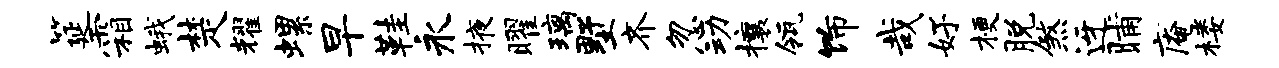
筵霜蛾楚耀螺早鞋永掖曜璃墅齐忽动攘瓴饰哉好梗脱煞迓晡庵楼